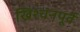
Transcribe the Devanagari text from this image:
ख्रिश्चनपूर्व